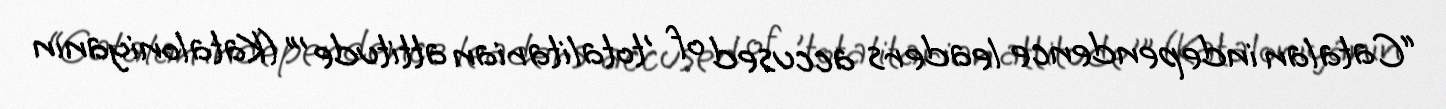
“Catalan independence leaders accused of 'totalitarian attitude'” (Kataloniyanın